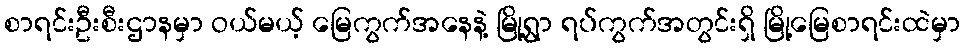
စာရင်းဦးစီးဌာနမှာ ဝယ်မယ့် မြေကွက်အနေနဲ့ မြို့ရွာ ရပ်ကွက်အတွင်းရှိ မြို့မြေစာရင်းထဲမှာ